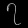
Digit: ၇